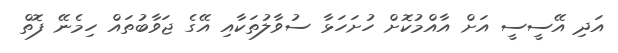
އަދި އޭސީސީ އަށް އާއްމުކޮށް ހުށަހަޅާ ސުވާލުތަކާއި އޭގެ ޖަވާބުތައް ހިމެނޭ ފޮތް